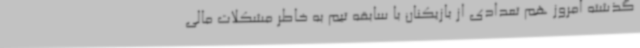
گذشته امروز هم تعدادی از بازیکنان با سابقه تیم به خاطر مشکلات مالی